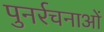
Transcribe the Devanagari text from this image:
पुनर्रचनाओं